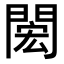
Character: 𨴵